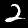
Label: 2